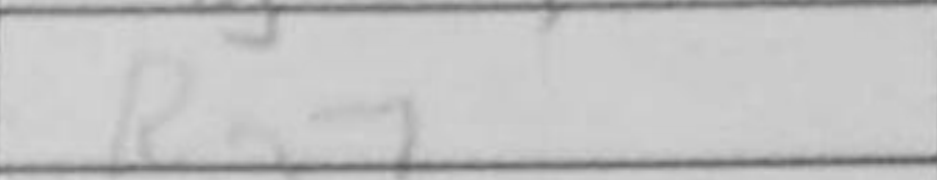
Transcription: Rg7